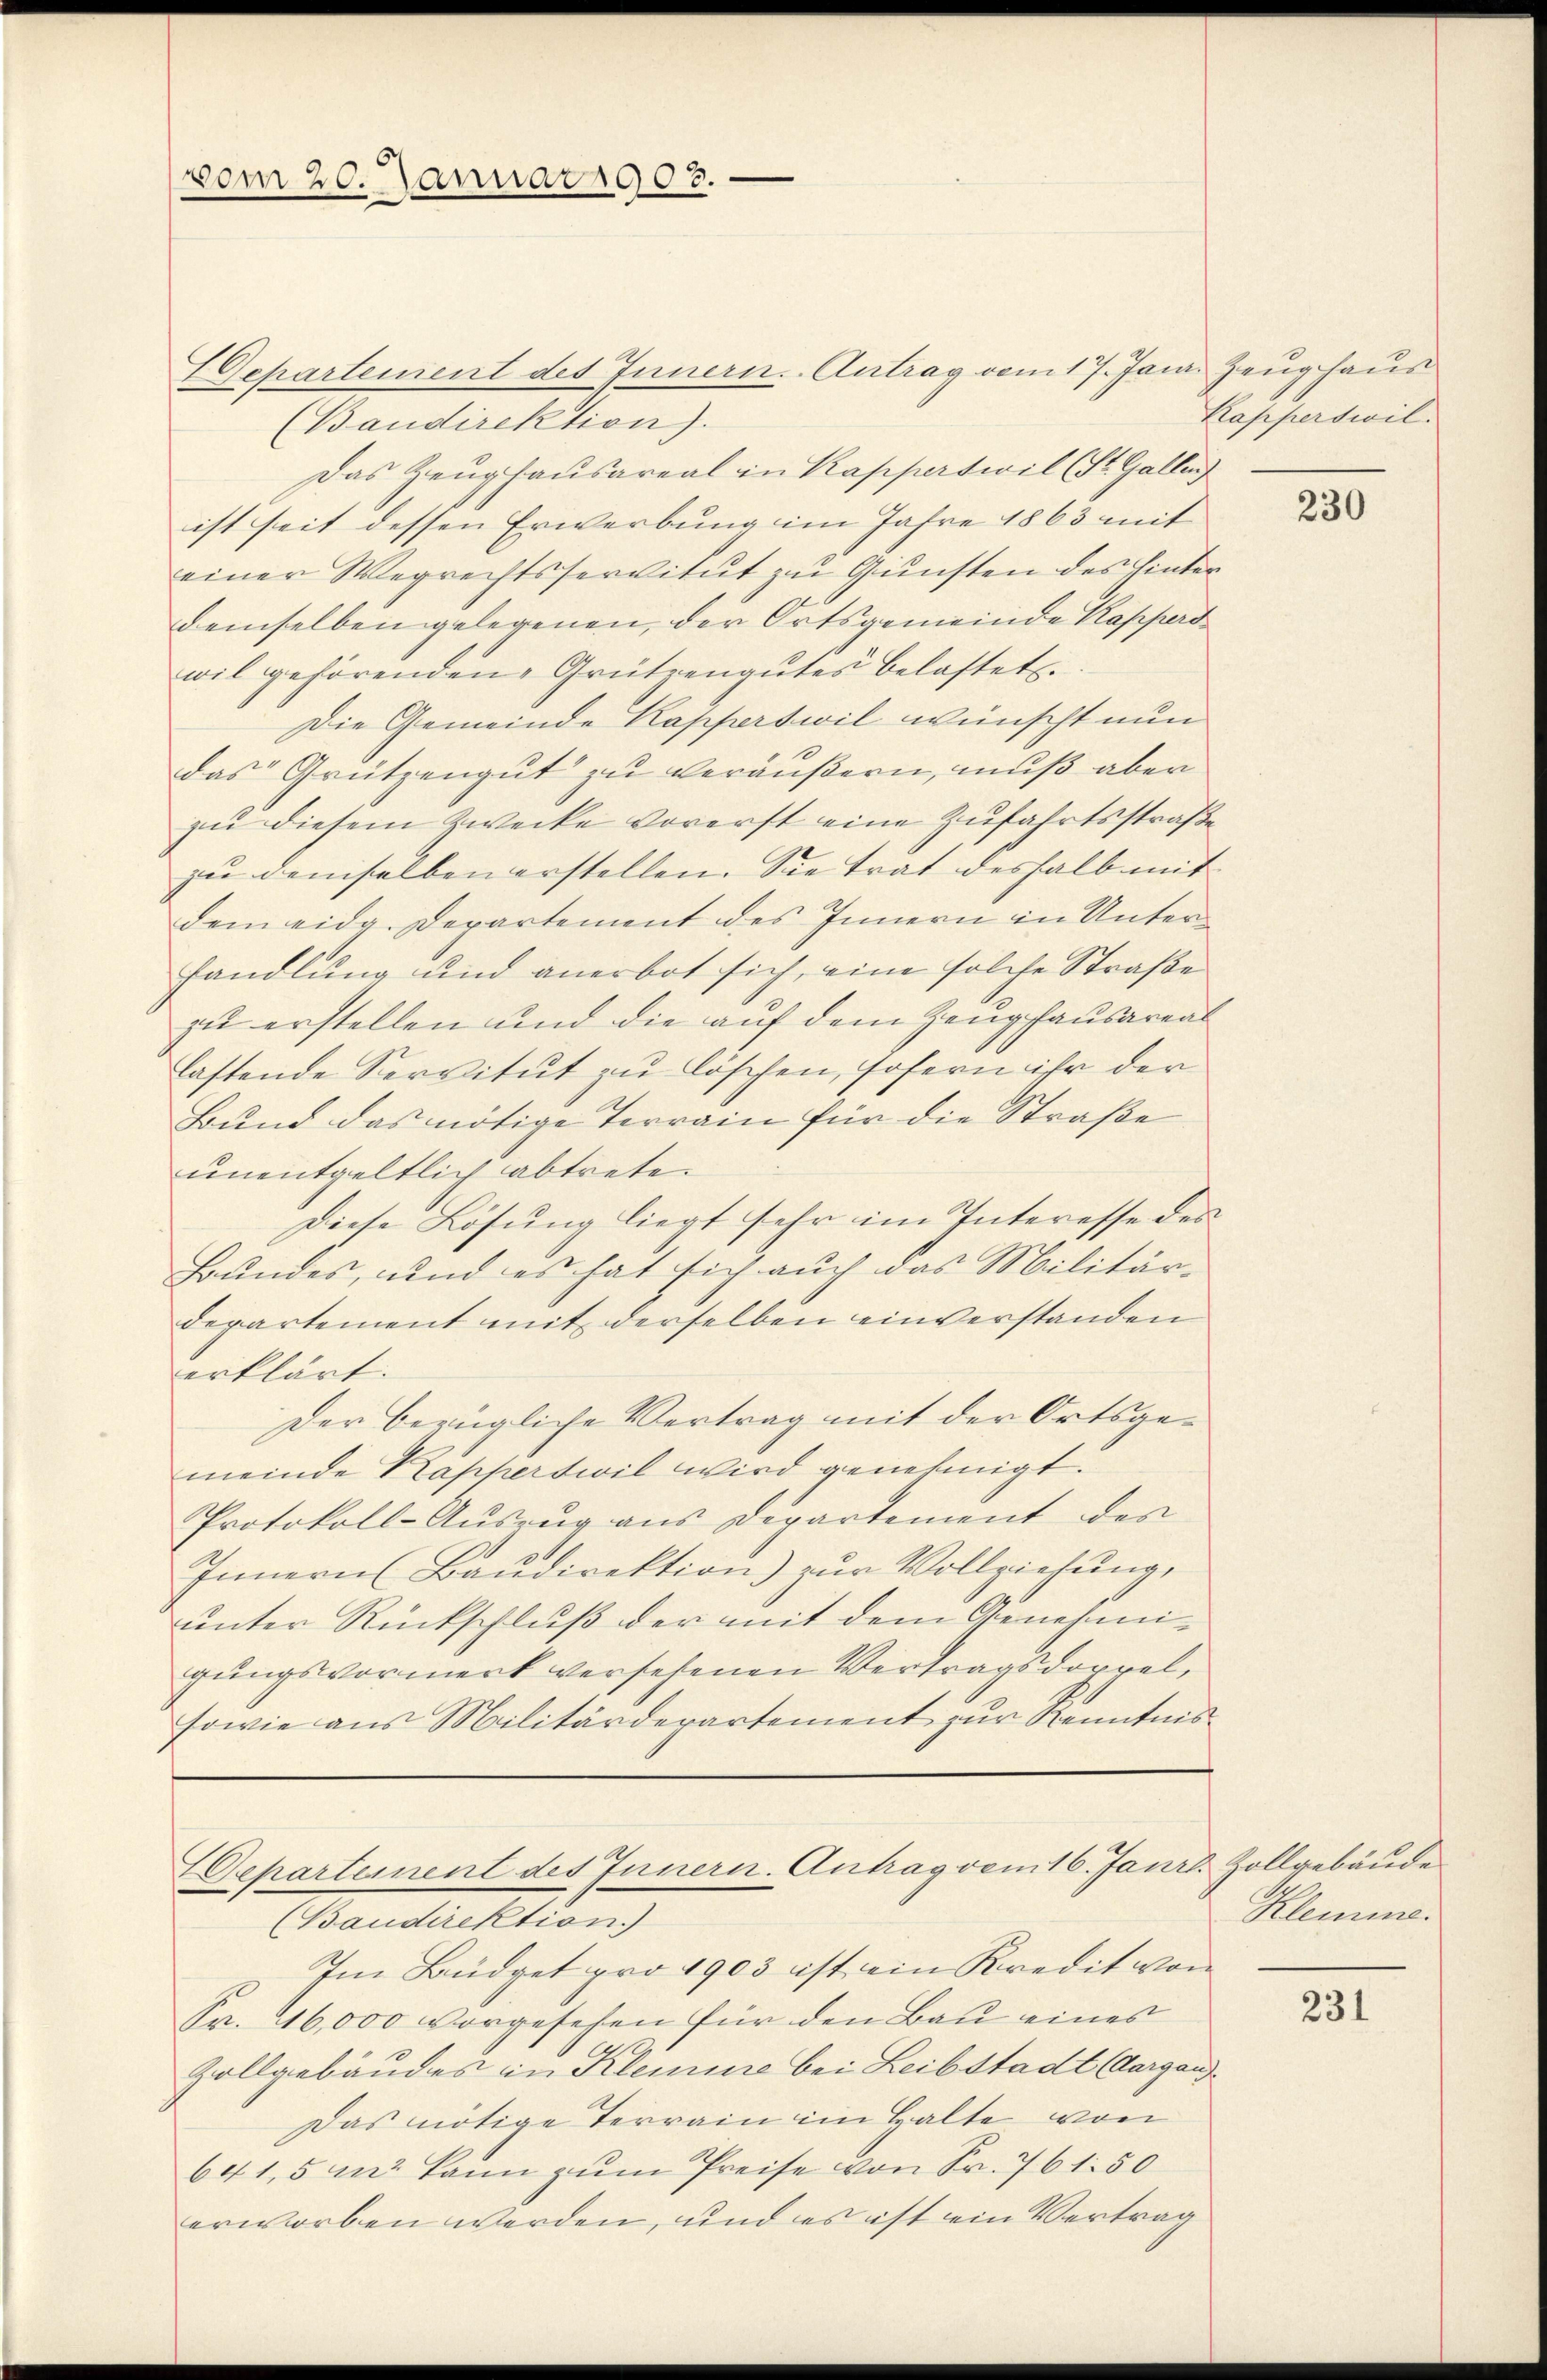
vom 20. Januar 1903.

Gepartement des Innern. Antrag vom 17. Janr. Zeughaus
(Baudirektion).
Das Zeughausareal in Kapperteil (St. Gallen
ist seit dessen Erwerbung im Jahre 1863 mit
einer Wegrechtsservitut zu Gunsten des hinter
demselben gelegenen, der Ortsgemeinde Kapperd
wil gehörenden Grützengutes belastet.
Die Gemeinde Kapperswil wünscht nun
das Grützengut zu veräußern, muß aber
zu diesem Zwecke vorerst eine Zufahrtsstraße
zu demselben erstellen. Sie trat deshalb mit
dem eidg. Departement des Innern in Unterhandlung und anerbot sich, eine solche Straße
zit erstellen und die auf dem Zeughausareal
lastende Servitut zu löschen, sofern ihr der
Bund das nötige Terrain für die Straße
unentgeltlich abtrete.
Diese Lösung liegt sehr im Interesse des
Grundes, und es hat sich auch das Militär-
departement mit derselben einverstanden
erklärt.
Der bezügliche Vertrag mit der Ortsgemeinde Kapperteil wird genehmigt.
Protokoll-Aŭszŭg ans Departement des
Innern Baŭdirektion) zŭr Vollziehung,
unter Rückschluß der mit dem Genehmigungsvormerk versehenen Vertragsdoppel,
sowie aus Militärdepartement zur Kenntnis¬

Departement des Innern. Antrag vom 16. Janr. Zollgebäude

(Baudirektion)
Im Büdget pro 1903 ist ein Kredit von
Fr. 16,000 vorgesehen für den Bau eines
Zollgebäudes in Kleinere bei Leibstadt (Aargaus¬
Das nötige Terrain im Halte von
641,5 in kann zum Preise von Fr. 761.50
erworben werden, und es ist ein Vertrag

Kapperswil.

230

Klemme.

231